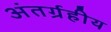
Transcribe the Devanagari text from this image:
अंतर्ग्रहीय